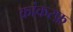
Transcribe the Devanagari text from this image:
कांकरफ़